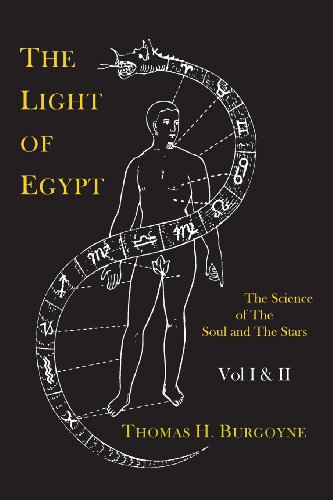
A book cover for The Light of Egypt; Or, the Science of the Soul and the Stars [Two Volumes in One]; Thomas H. Burgoyne; Religion & Spirituality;